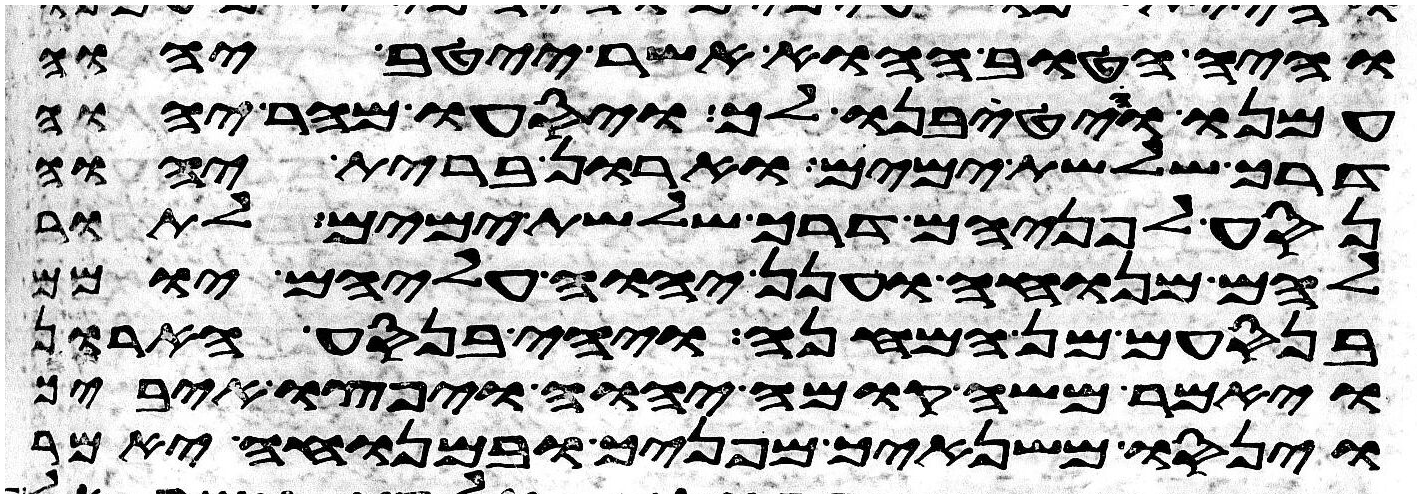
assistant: והיה הטוב ההוא אשר ייטב יהוה
עמנו והטיבנו לך ויסעו מהר יהוה
דרך שלשת ימים וארון ברית יהוה
נסע לפניהם דרך שלשת ימים לתור
להם מנוחה וענן יהוה עליהם יומם
בנסעם מן המחנה ויהי בנסע הארון
ויאמר משה קומה יהוה ויפוצו איביך
וינסו משנאיך מפניך ובמנוחה יאמר